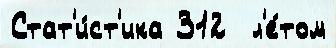
Стат'и́ст'ика 312  л'е́том